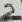
Text: 2